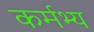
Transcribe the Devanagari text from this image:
कर्मभ्य